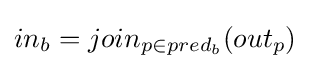
in_{b}=join_{p\in pred_{b}}(out_{p})